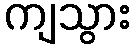
ကျသွား